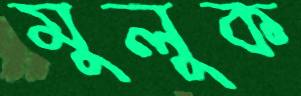
মুলুক